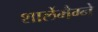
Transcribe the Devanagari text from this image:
शार्लेमैग्ने